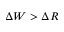
\Delta W > \Delta R